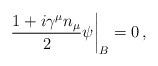
LaTeX: \begin{align*}\left.\frac{1+i{\gamma}^{\mu}n_{\mu}}{2}\psi \right|_{B}=0 \,,\end{align*}